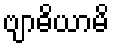
ဗျာဓိယာမိ